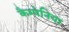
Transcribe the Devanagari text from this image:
कैम्पेनिया